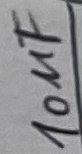
Text: 100µF